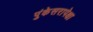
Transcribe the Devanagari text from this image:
पुंकेसरापेक्षा